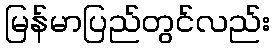
မြန်မာပြည်တွင်လည်း